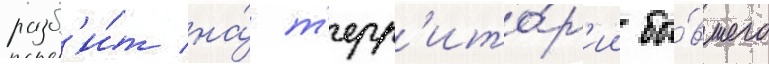
разб'и́т на́ т'ерр'ито́р'ии бы́вшего